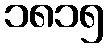
၁၈၁၅